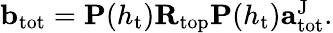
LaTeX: \begin{array}{r}{\mathbf{b}_{\mathrm{tot}}=\mathbf{P}(h_{\mathrm{t}})\mathbf{R}_{\mathrm{top}}\mathbf{P}(h_{\mathrm{t}})\mathbf{a}_{\mathrm{tot}}^{\mathrm{J}}.}\end{array}